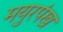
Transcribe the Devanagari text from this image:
मयुरपंख